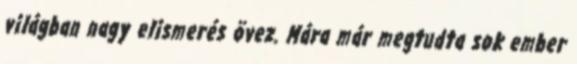
világban nagy elismerés övez. Mára már megtudta sok ember